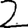
Digit: 2